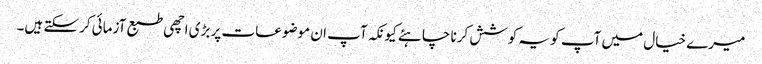
میرے خیال میں آپ کو یہ کوشش کرنا چاہئے کیونکہ آپ ان موضوعات پر بڑی اچھی طبع آزمائی کرسکتے ہیں۔